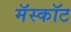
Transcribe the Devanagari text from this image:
मॅस्कॉट